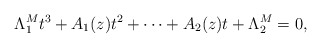
\begin{align*}\Lambda_1^M t^{3}+ A_1(z)t^2+\cdots+A_2(z)t + \Lambda_2^M =0,\end{align*}